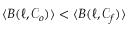
\langle B ( \ell , \mathcal { C } _ { o } ) \rangle < \langle B ( \ell , \mathcal { C } _ { f } ) \rangle